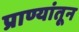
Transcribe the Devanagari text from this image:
प्राण्यांतून